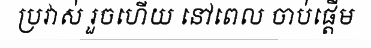
ប្រវាស់ រួចហើយ នៅពេល ចាប់ផ្តើម